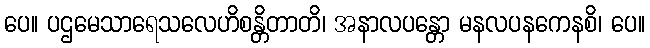
ပေ။ ပဌမေသာရေသလေဟိစန္တိတာတိ၊ အနာလပန္တော မနလပနကေနစိ၊ ပေ။